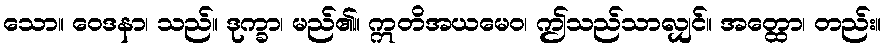
သော။ ဝေဒနာ၊ သည်။ ဒုက္ခာ၊ မည်၏။ ဣတိအယမေဝ၊ ဤသည်သာလျှင်။ အတ္ထော၊ တည်း။